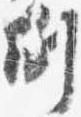
例